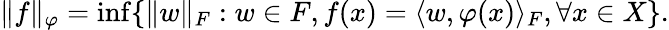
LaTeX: \| f\| _{\varphi}={\mathrm{inf}}\{ \| w\| _{F}:w\in F,f(x)=\langle w,\varphi(x)\rangle_{F},\forall{\mathrm{}}x\in X\} .